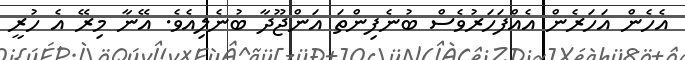
އެހެން އަހަރެން އެއްފަހަރުވެސް ބުނެފިންތަ އަންޖޫދާ ބުނެލިއެވެ. އޭނާ މިރޭ އެ ހުރީ